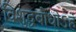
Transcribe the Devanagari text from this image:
विशुद्धबोधोऽहं